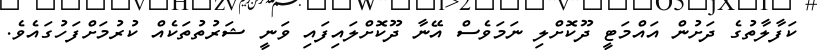
ކަފާލާތުގެ ދަށުން އައްމަޓީ ދޫކޮށްލި ނަމަވެސް އޭނާ ދޫކޮށްލައިފައި ވަނީ ޝަރުތުތަކެއް ކުރުމަށްފަހުގައެވެ.